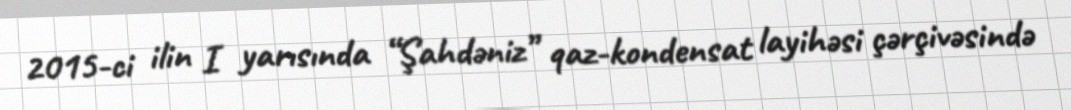
2015-ci ilin I yarısında “Şahdəniz” qaz-kondensat layihəsi çərçivəsində